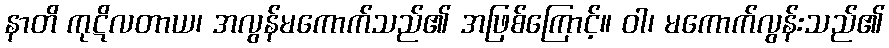
နာတိ ကုဋိလတာယ၊ အလွန်မကောက်သည်၏ အဖြစ်ကြောင့်။ ဝါ၊ မကောက်လွန်းသည်၏